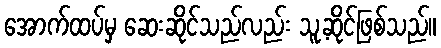
အောက်ထပ်မှ ဆေးဆိုင်သည်လည်း သူ့ဆိုင်ဖြစ်သည်။